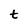
Character: t